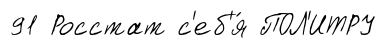
91 Росстат с'еб'я́ ПОЛ'ИТРУ